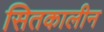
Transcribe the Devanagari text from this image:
सितकालीन